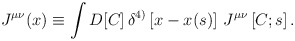
\begin{align*}J^{\mu\nu}(x)\equiv\int D[C]\,\delta^{4)}\left[x-x(s)\right]\,J^{\mu\nu}\left[C;s\right].\end{align*}